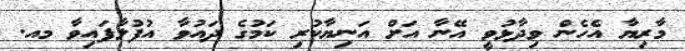
މާރިޔާ އެހެން ވިދާޅުވީ އޭނާ އަށް އަނިޔާކުރި ކަމުގެ ދައުވާ އުފުލާފައިވާ މއ.